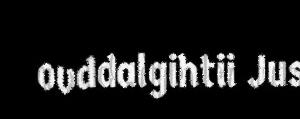
ovddalgihtii Jus